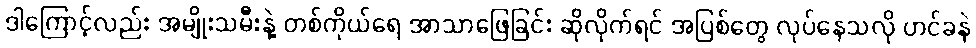
ဒါကြောင့်လည်း အမျိုးသမီးနဲ့ တစ်ကိုယ်ရေ အာသာဖြေခြင်း ဆိုလိုက်ရင် အပြစ်တွေ လုပ်နေသလို ဟင်ခနဲ